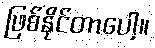
ဖြစ်နိုင်တာပေါ့။